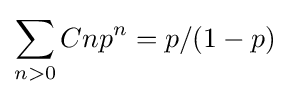
\sum _{n>0}Cnp^{n}=p/(1-p)